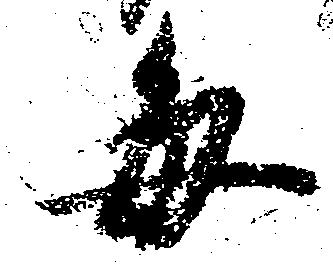
毎